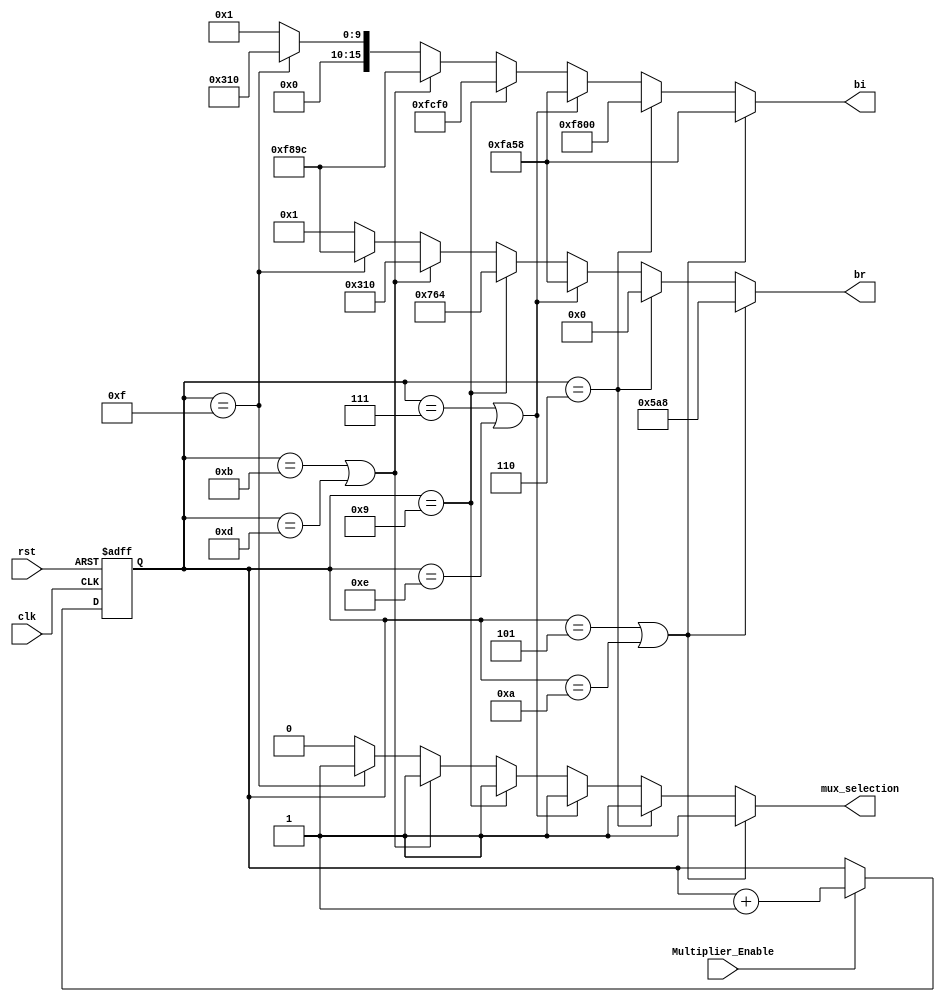
module  exponential # ( parameter   WIDTH=16 )
  (
  input   wire            Multiplier_Enable   ,
  input   wire            clk                 ,
  input   wire            rst                 ,
  output  reg             mux_selection       ,
  output  reg [WIDTH-1:0] br                  ,
  output  reg [WIDTH-1:0] bi                  
  );
  
  reg [3:0] counter;
  localparam       [WIDTH-1:0]        w2R = 'b0000010110101000 ,
								                      W2I = 'b1111101001011000 ,
								                     	W4R = 'b0000000000000000 ,
								                     	W4I = 'b1111100000000000 ,
								                     	W6R = 'b1111101001011000 ,
								                     	W6I = 'b1111101001011000 ,
								                     	W1R = 'b0000011101100100 ,
								                     	W1I = 'b1111110011110000 ,
								                     	W3R = 'b0000001100010000 ,
								                     	W3I = 'b1111100010011100 ,
								                     	W9R = 'b1111100010011100 ,
								                     	W9I = 'b0000001100010000 ;
  
  
always  @ ( posedge clk or  negedge rst)
begin
   if(!rst)
    begin
      counter <=  'b0;
    end
   else
    begin
      if(Multiplier_Enable)
         begin
          counter <= counter +1'b1;
        end
     else
        begin
         counter <=counter;
        end
    end
end
  //if mux selection is 1 the output will be the multiplier if mux selection is 0 the out put will be same as input only
always @(*)
begin
	if(counter =='d5 || counter == 'd10)
	begin
		br = w2R;
		bi = W2I;
		mux_selection = 'b1;
	end
	else if(counter =='d6)
	begin
		br = W4R;
		bi = W4I;
		mux_selection = 'b1;
	end
	else if (counter =='d7 || counter == 'd14)
	begin
		br = W6R;
		bi = W6I;
		mux_selection = 'b1;
	end
	else if (counter =='d9 )
	begin
		br = W1R;
		bi = W1I;
		mux_selection = 'b1;
	end
	else if (counter =='d11 || counter == 'd13)
	begin
		br = W3R;
		bi = W3I;
		mux_selection = 'b1;
	end
	else if (counter =='d15 )
	begin
		br = W9R;
		bi = W9I;
		mux_selection = 'b1;
	end
	else
	begin
		br = 'b1;
		bi = 'b1;
		mux_selection = 'b0;
	end
end
endmodule
/*--------------------------------------------------Mapping----------------------------------------------------------------

exponential #(.WIDTH()) Instanse_Name
(
.Multiplier_Enable   (),
.clk                 (),
.rst                 (),
.mux_selection       (),
.br                  (),
.bi                  () 
  );
*/
/*-------------------------------------------------Last Edit------------------------------------------------------------
|       Name        |       Date        |       Comment       |                
|                   |                   |                     |
|                   |                   |                     |
|                   |                   |                     |
*/